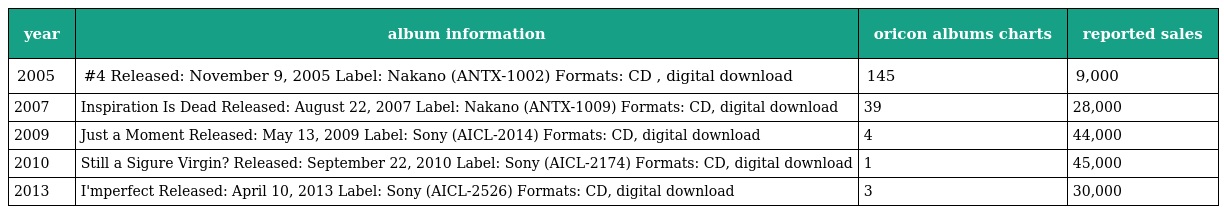
| year | album information | oricon albums charts | reported sales |
 | --- | --- | --- | --- |
 | 2005 | #4 Released: November 9, 2005 Label: Nakano (ANTX-1002) Formats: CD , digital download | 145 | 9,000 |
 | 2007 | Inspiration Is Dead Released: August 22, 2007 Label: Nakano (ANTX-1009) Formats: CD, digital download | 39 | 28,000 |
 | 2009 | Just a Moment Released: May 13, 2009 Label: Sony (AICL-2014) Formats: CD, digital download | 4 | 44,000 |
 | 2010 | Still a Sigure Virgin? Released: September 22, 2010 Label: Sony (AICL-2174) Formats: CD, digital download | 1 | 45,000 |
 | 2013 | I'mperfect Released: April 10, 2013 Label: Sony (AICL-2526) Formats: CD, digital download | 3 | 30,000 |